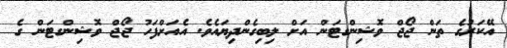
އޭކަރުގެ ތަން ޖޯޖް ވޮޝިންގޓަން އަށް ލިބިގެންދިޔައެވެ. އެއަށްފަހު ޖޯޖް ވޮޝިންގޓަން ގެ